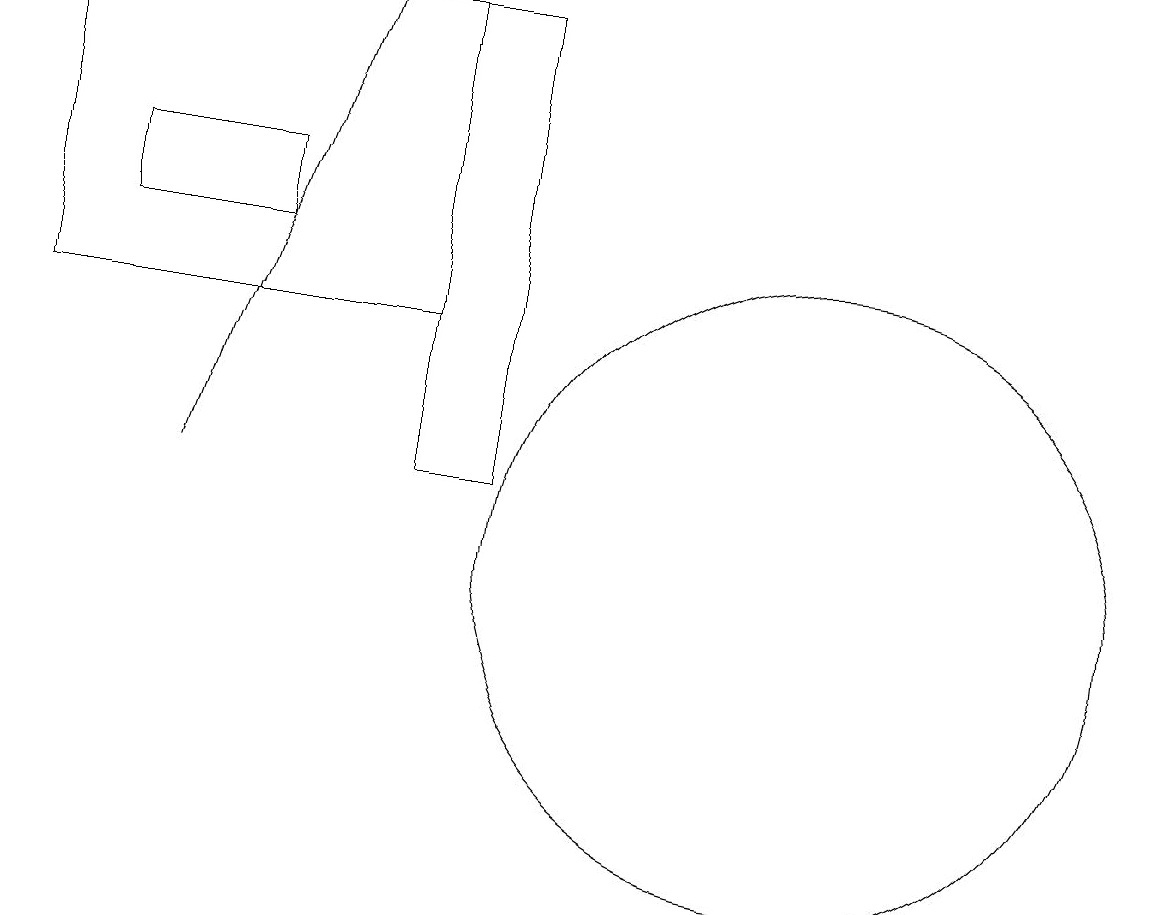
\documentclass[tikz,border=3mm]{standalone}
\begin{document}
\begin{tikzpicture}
\draw[->] (4,12) -- (6,18);
\draw (8,12) rectangle (7,18);
\draw (11,11) circle (0);
\draw (3,15) rectangle (5,16);
\draw (12,11) circle (4);
\draw (7,14) rectangle (2,18);
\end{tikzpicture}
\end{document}